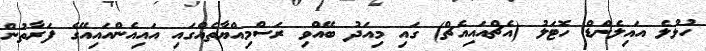
ހުޅުލެ އައިލެންޑް ހޮޓަލު (އެޗްއައިއެޗް) ގައި މިއަދު ބޭއްވި ރަސްމިއްޔާތެއްގައި އައިއެންއައިއޭގެ ފަރާތުން